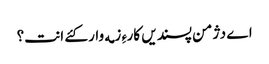
اے دژمن پسندیں کارءِ زمه وار کئے انت؟